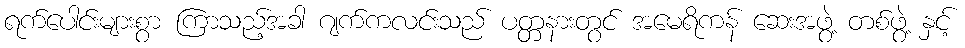
ရက်ပေါင်းများစွာ ကြာသည့်အခါ ဂျက်ကလင်းသည် ပတ္တနားတွင် အမေရိကန် ဆေးအဖွဲ့ တစ်ဖွဲ့ နှင့်